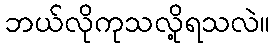
ဘယ်လိုကုသလို့ရသလဲ။